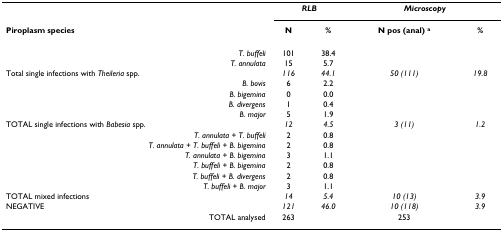
|  | <COLSPAN=2> RLB | <COLSPAN=2> Microscopy |
 | Piroplasm species | N | % | N pos (anal) a | % |
 | --- | --- | --- | --- | --- |
 | T. buffeli | 101 | 38.4 |  |  |
 | T. annulata | 15 | 5.7 |  |  |
 | Total single infections with Theileria spp. | 116 | 44.1 | 50 (111) | 19.8 |
 | B. bovis | 6 | 2.2 |  |  |
 | B. bigemina | 0 | 0.0 |  |  |
 | B. divergens | 1 | 0.4 |  |  |
 | B. major | 5 | 1.9 |  |  |
 | TOTAL single infections with Babesia spp. | 12 | 4.5 | 3 (11) | 1.2 |
 | T. annulata + T. buffeli | 2 | 0.8 |  |  |
 | T. annulata + T. buffeli + B. bigemina | 2 | 0.8 |  |  |
 | T. annulata + B. bigemina | 3 | 1.1 |  |  |
 | T. buffeli + B. bigemina | 2 | 0.8 |  |  |
 | T. buffeli + B. divergens | 2 | 0.8 |  |  |
 | T. buffeli + B. major | 3 | 1.1 |  |  |
 | TOTAL mixed infections | 14 | 5.4 | 10 (13) | 3.9 |
 | NEGATIVE | 121 | 46.0 | 10 (118) | 3.9 |
 | TOTAL analysed | 263 |  | 253 |  |